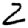
Digit: 2